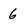
Character: 6